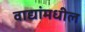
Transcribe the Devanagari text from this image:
वाद्यांमधील